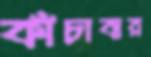
কাঁচাবার